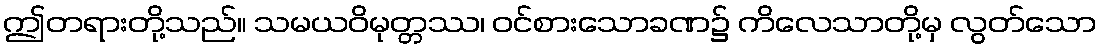
ဤတရားတို့သည်။ သမယဝိမုတ္တဿ၊ ဝင်စားသောခဏ၌ ကိလေသာတို့မှ လွတ်သော